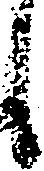
し